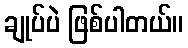
ချုပ်ပဲ ဖြစ်ပါတယ်။